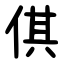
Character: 倛